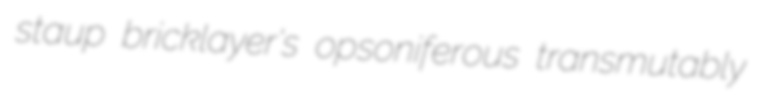
staup bricklayer's opsoniferous transmutably